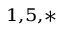
^ { 1 , 5 , \ast }